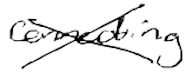
Text: connecting
Cross-out: cross
Writing tool: digital_black